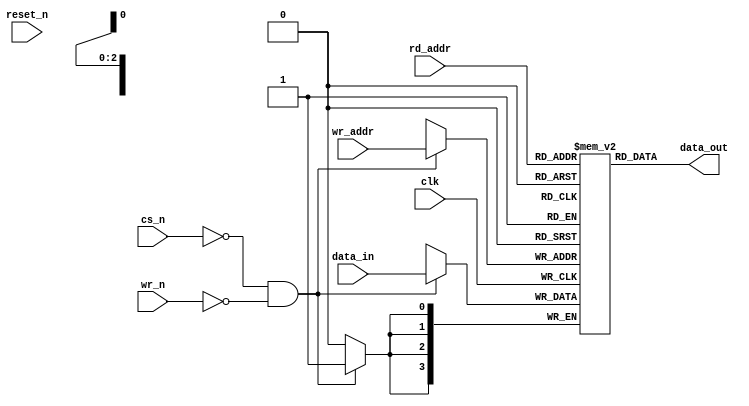
module ram (clk, reset_n, cs_n, wr_n,rd_addr, wr_addr, data_in, data_out);

  parameter data_width = 4;	//will be overrided during module instantiation
  parameter addr_width = 3;

  input clk;
  input reset_n;
  input cs_n;
  input wr_n; 
  input [data_width-1:0] data_in;
  input [addr_width-1:0] rd_addr;
  input [addr_width-1:0] wr_addr;
  output [data_width-1:0] data_out;
   
  reg [data_width-1:0] ram [(1<<addr_width)-1:0];

  //read
 assign data_out = ram[rd_addr] ;
    
	//write
always @ (posedge clk)
		if (!cs_n && !wr_n)
			ram[wr_addr] <= data_in;
			
endmodule